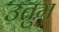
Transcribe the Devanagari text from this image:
उतुम